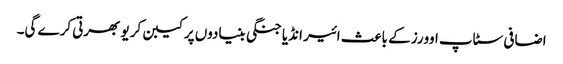
اضافی سٹاپ اوورز کے باعث ائیر انڈیا جنگی بنیادوں پر کیبن کریو بھرتی کرے گی۔